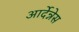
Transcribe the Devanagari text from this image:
आर्देन्नेस